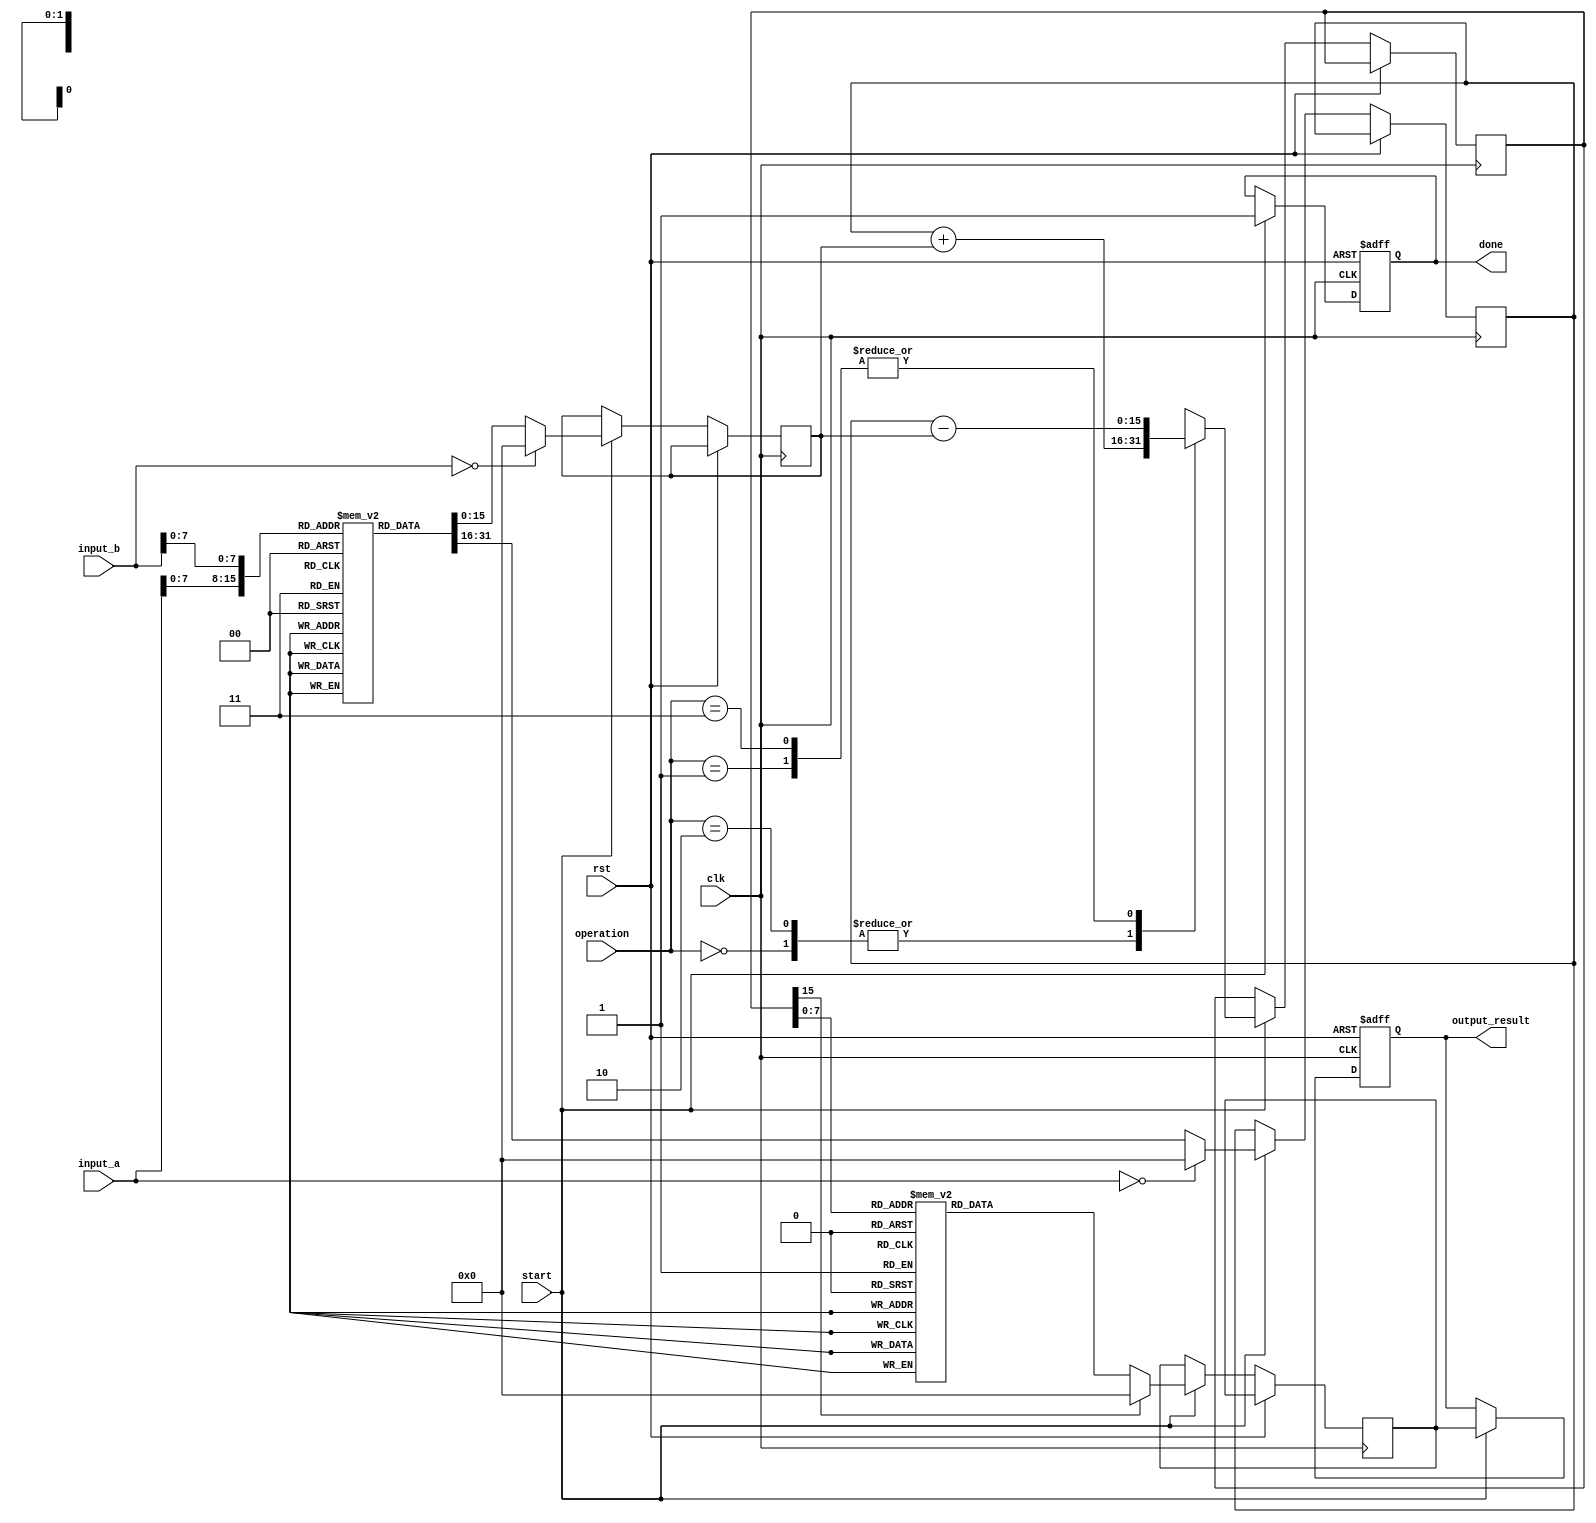
module log_based_dsp (
    input           clk,
    input           rst,
    input           start,
    input  [15:0]  input_a,
    input  [15:0]  input_b,
    input  [1:0]   operation,  // 00: multiply, 01: divide, 10: add, 11: subtract
    output reg [15:0] output_result,
    output reg      done
);

    // Parameters for logarithmic conversion (You would define the LUT based on your requirements)
    parameter LUT_SIZE = 256;
    reg [15:0] log_lut[LUT_SIZE-1:0];  // Lookup Table for logarithmic values
    reg [15:0] exp_lut[LUT_SIZE-1:0];  // Lookup Table for exponential values

    // Internal signals
    reg [15:0] log_a, log_b;
    reg [15:0] log_result;
    reg [15:0] lin_result;

    // Logarithmic Converter
    function [15:0] log_converter(input [15:0] x);
        begin
            if (x == 16'b0)
                log_converter = 16'b0; // log(0) defined (log(0) is -inf, handled differently)
            else
                log_converter = log_lut[x[7:0]]; // This should have a proper mapping based on LUT
        end
    endfunction

    // Exponential Converter
    function [15:0] exp_converter(input [15:0] x);
        begin
            if (x[15]) // If x is negative
                exp_converter = 16'b0; // exp(-inf) = 0
            else
                exp_converter = exp_lut[x[7:0]]; // This should have a proper mapping based on LUT
        end
    endfunction

    // Arithmetic operation block
    always @(posedge clk or posedge rst) begin
        if (rst) begin
            output_result <= 16'b0;
            done <= 0;
        end else if (start) begin
            // Perform logarithmic conversion of input_a and input_b
            log_a <= log_converter(input_a);
            log_b <= log_converter(input_b);
            
            // Perform specified operation
            case (operation)
                2'b00: log_result <= log_a + log_b; // Multiply in logarithmic space
                2'b01: log_result <= log_a - log_b; // Divide in logarithmic space
                2'b10: log_result <= log_a + log_b; // Add in logarithmic space
                2'b11: log_result <= log_a - log_b; // Subtract in logarithmic space
                default: log_result <= 16'b0;
            endcase

            // Convert back to linear
            lin_result <= exp_converter(log_result);
            output_result <= lin_result;
            done <= 1; // Signal completion
        end
    end
endmodule